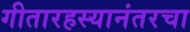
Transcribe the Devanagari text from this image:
गीतारहस्यानंतरचा